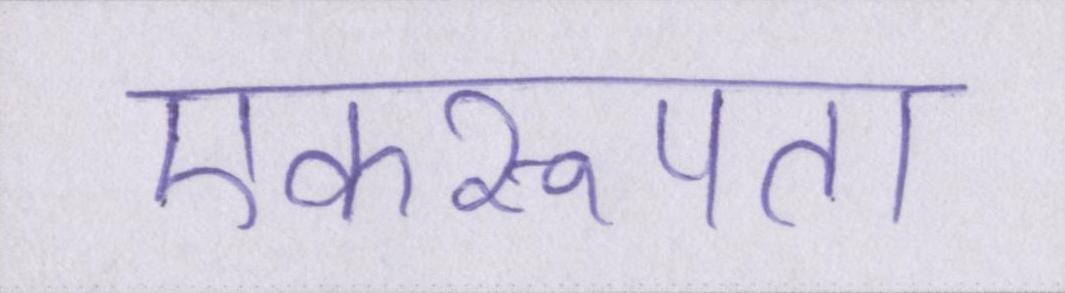
एकरूपता